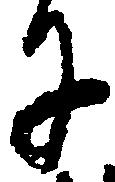
に